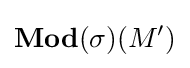
\mathbf {Mod} (\sigma )(M')